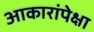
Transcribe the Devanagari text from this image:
आकारांपेक्षा